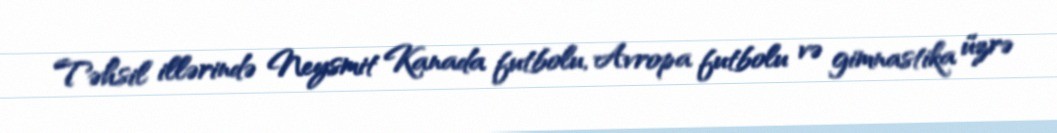
Təhsil illərində Neysmit Kanada futbolu, Avropa futbolu və gimnastika üzrə